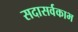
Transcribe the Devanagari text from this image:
सदासर्वकाभ